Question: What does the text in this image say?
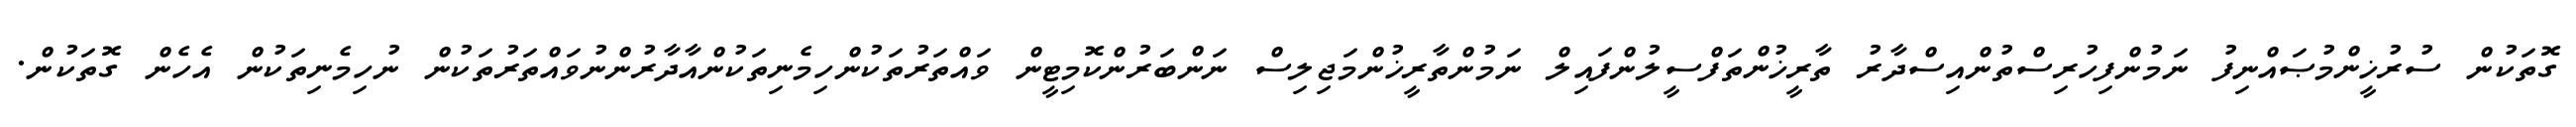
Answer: ގޮތަކުން ސުރުޚީންމުޞައްނިފު ނަމުންފިހުރިސްތުންއިސްދާރު ތާރީޚުންތަފްސީލުންފައިލް ނަމުންތާރީޚުންމަޖިލިސް ނަންބަރުންކޮމިޓީން ވައްތަރުތަކުންހިމެނިތަކުންއާދާރުންނުވައްތަރުތަކުން ނުހިމެނިތަކުން އެހެން ގޮތަކުން.